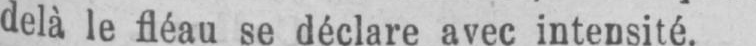
delà le fléau se déclare avec intensité.